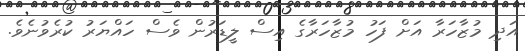
އަދި މުޒާހަރާ އަށް ފަހު މުޒާހަރާގެ އިސް ލީޑަރުން ވެސް ހައްޔަރު ކުރެވުނެވެ.